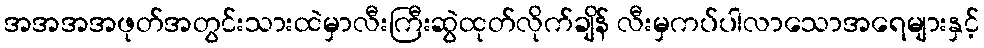
အအအအဖုတ်အတွင်းသားထဲမှာလီးကြီးဆွဲထုတ်လိုက်ချိန် လီးမှကပ်ပါလာသောအရေများနှင့်